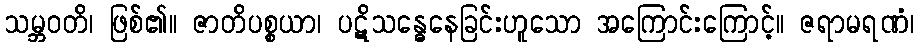
သမ္ဘဝတိ၊ ဖြစ်၏။ ဇာတိပစ္စယာ၊ ပဋိသန္ဓေနေခြင်းဟူသော အကြောင်းကြောင့်။ ဇရာမရဏံ၊